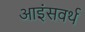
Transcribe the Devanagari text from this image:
आइंसवर्थ